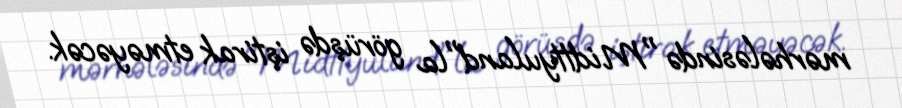
mərhələsində "Midttyuland"la görüşdə iştirak etməyəcək.